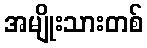
အမျိုးသားတစ်